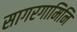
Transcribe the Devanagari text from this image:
सागरगामिनि